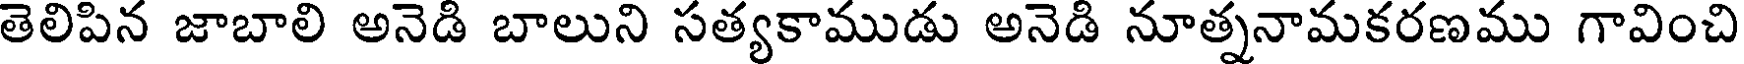
తెలిపిన జాబాలి అనెడి బాలుని సత్యకాముడు అనెడి నూత్ననామకరణము గావించి